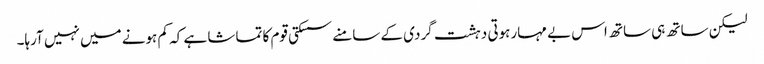
لیکن ساتھ ہی ساتھ اس بے مہارہوتی دہشت گردی کے سامنے سسکتی قوم کا تماشا ہے کہ کم ہونے میں نہیں آرہا۔